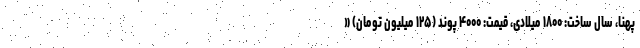
پهنا، سال ساخت: ۱۸۰۰ میلادی، قیمت: ۴۰۰۰ پوند (۱۲۵ میلیون تومان) «